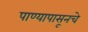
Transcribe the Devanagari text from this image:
पाण्यापासूनचे